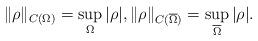
LaTeX: \begin{align*} \|\rho\|_{C(\Omega)} = \sup_{\Omega}|\rho|, \|\rho\|_{C(\overline{\Omega})} = \sup_{\overline{\Omega}}|\rho|.\end{align*}